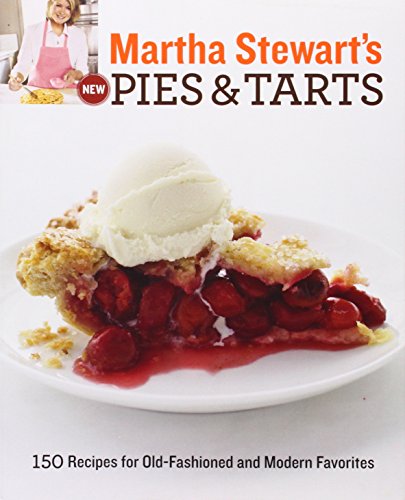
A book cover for Martha Stewart's New Pies and Tarts: 150 Recipes for Old-Fashioned and Modern Favorites; Martha Stewart Living Magazine; Cookbooks, Food & Wine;